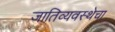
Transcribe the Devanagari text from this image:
जातिव्यवस्थेचा